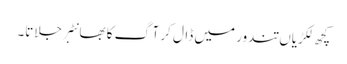
کچھ لکڑیاں تندور میں ڈال کر آگ کا بھانٹبر جلاتا۔